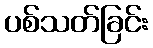
ပစ်သတ်ခြင်း